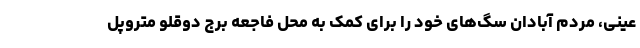
عینی، مردم آبادان سگ‌های خود را برای کمک به محل فاجعه برج دوقلو متروپل